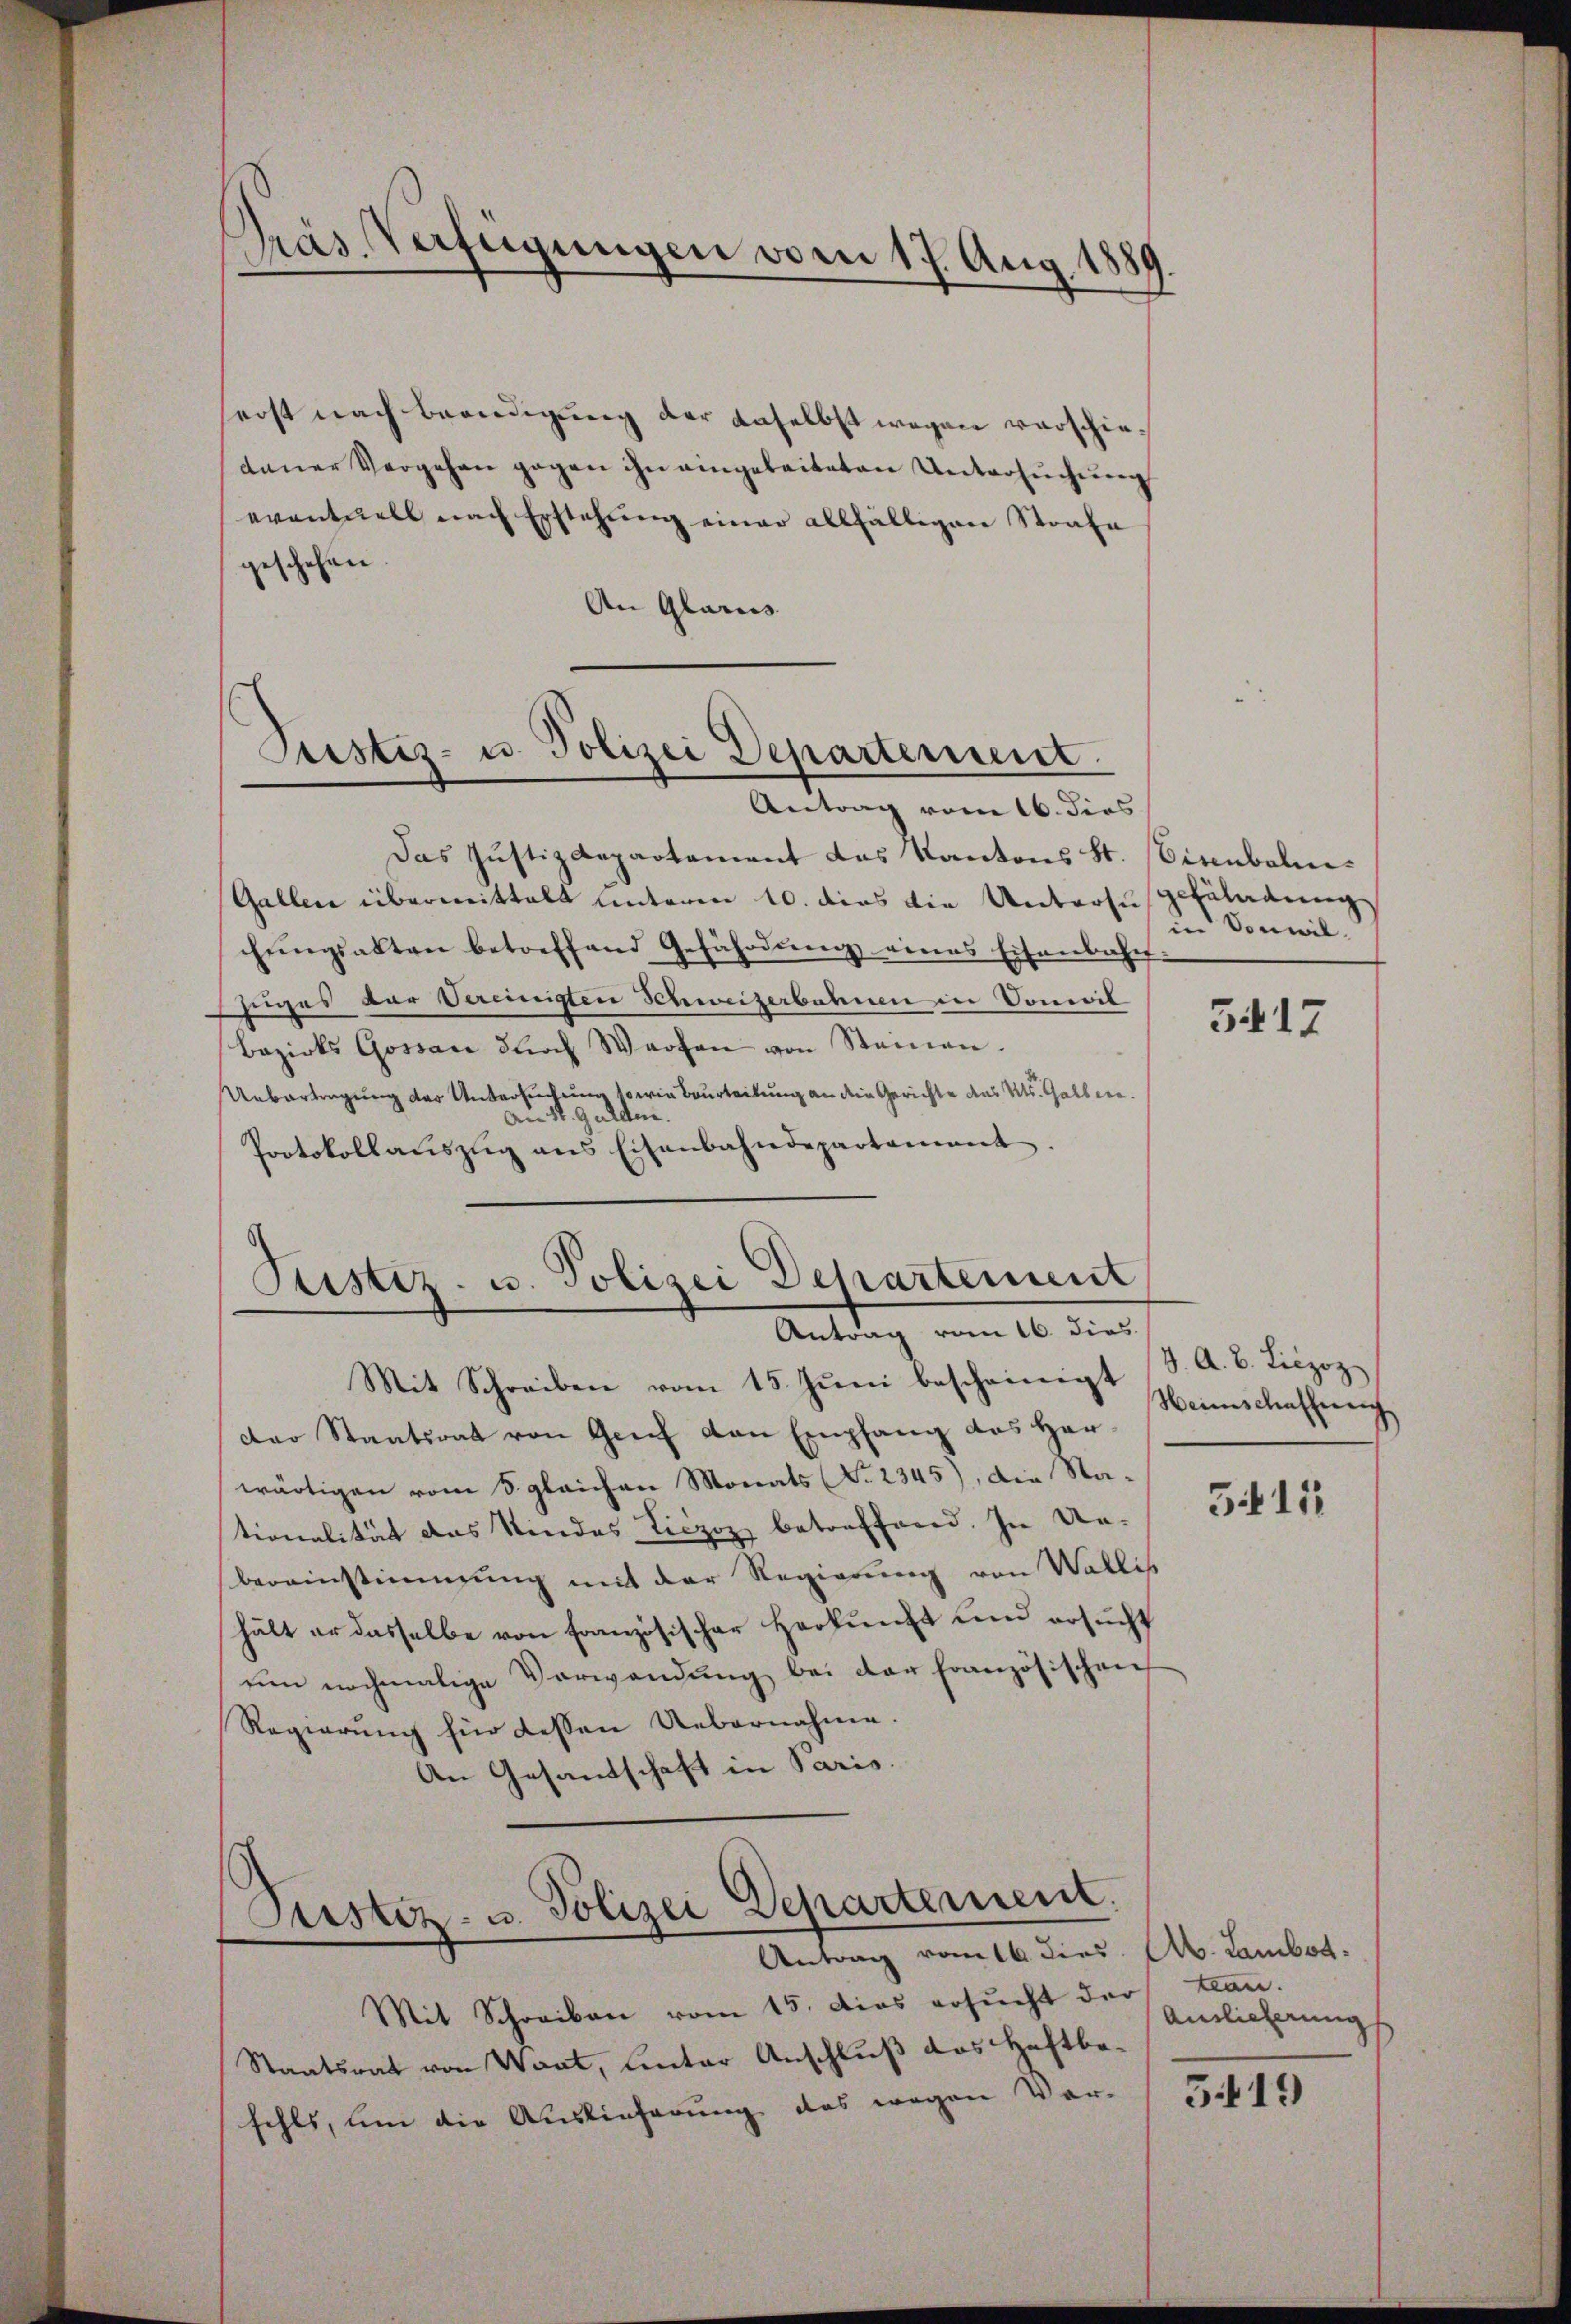
Das Justizdepartement das Kantons St. Bisenbahn¬
Gallen übermittelt unterm 10. dies die Untersusfäladung
hŭngsakten betreffend Gefährdŭng eines Eisenbahn-
sitzes der Vereinigten Schweizerbahnen in Concil
Bezirks Gossau durch Warten von Steinen.
Uebertragung des Untersuchung so wie Beurteilung an dein Gerichte des Kts. Galler¬
Au St. Gulden.
Protokollaŭszŭg ans Eisenbahndepartamant.

erst nach Beendigung der daselbst wegen verschiedauer Vergehen gegen ihn eingeleiteten Untersuchung
eventuell nach Erstehŭng einer allfälligen Strafe
geschehen.
An Glarus.

Präs. Verfügungen vom 17. Aug. 1889

Justiz- u. Polizei Departement.
Antrag vom 16. dies

Ristiz- u. Polizei Departement
Antrag vom 16. dies

Mit Schreiben vom 15. Juni bescheinigt
der Staatsrat von Greif den Empfang des Herwärtigen vom 5. gleichen Monats (Nr. 2345), die Stationalität das Kindes Liczoz betreffend. In Unbereinstimmung mit der Regierung von Wallis
hält er dasselbe von Französischer Herkunft und ersucht
um nochmalige Verwendung bei der französischen
Regierung für dessen Uebernahme.
An Gesandtschaft in Paris.

Justiz- u. Polizei Departement.
Antrag vom 16. dies

Mit Schreiben vom 15. Das ersŭcht der tran.
Staatsrat von Want, lentar Anschluß das Haftbefehls, um die Auslieferung das wegen Vor-

in Vonwil¬

5417

J. A. B. Liezoz
Heimschaffeeich

34112

Ab. Lamber.
Antlicherung

5419